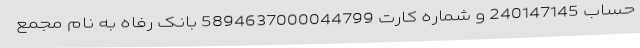
حساب 240147145 و شماره کارت 5894637000044799 بانک رفاه به نام مجمع